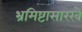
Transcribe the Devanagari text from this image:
भ्रमिष्टासारखे